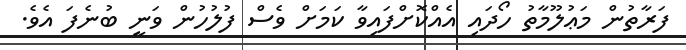
ފަރާތުން މަޢުލޫމާތު ހޯދައި އެއްކޮށްފައިވާ ކަމަށް ވެސް ފުލުހުން ވަނީ ބުނެފަ އެވެ.